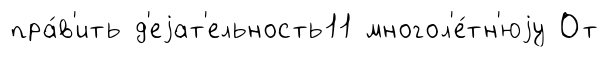
пра́в'ить д'еjат'ельность11 многол'е́тн'юjу От